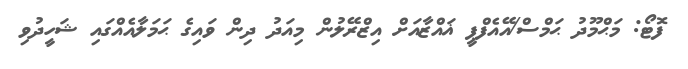
ފޮޓޯ: މަޙްމޫދު ޙަމްސް/އޭއެފްޕީ ޣައްޒާއަށް އިޒްރޭލުން މިއަދު ދިން ވައިގެ ޙަމަލާއެއްގައި ޝަހީދުވި